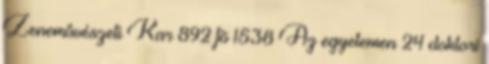
Zenemûvészeti Kar 892 fõ 1538 Az egyetemen 24 doktori